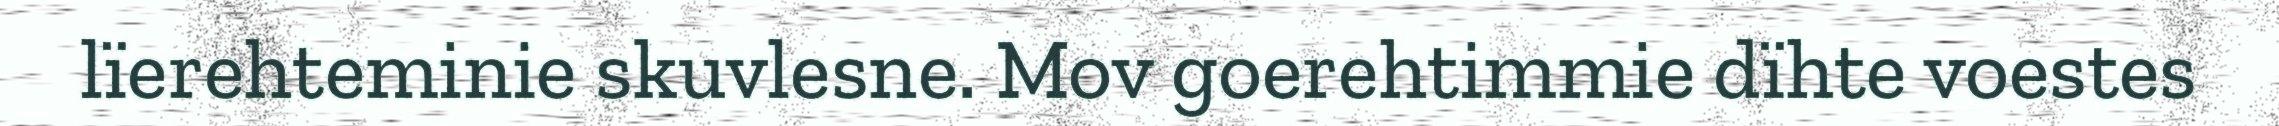
lïerehteminie skuvlesne. Mov goerehtimmie dïhte voestes